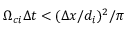
\Omega _ { c i } \Delta t < ( \Delta x / d _ { i } ) ^ { 2 } / \pi